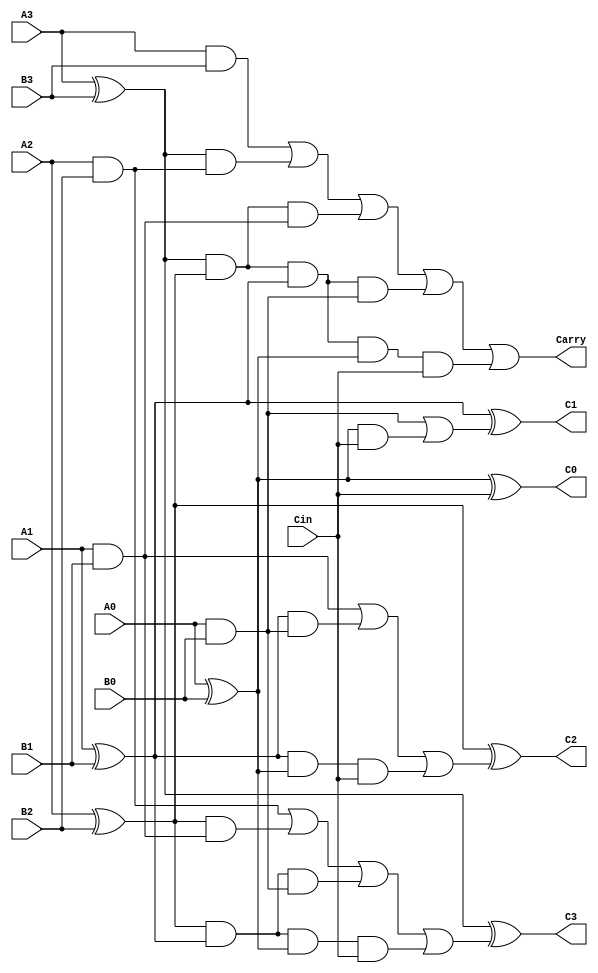
`timescale 1ns / 1ps
//////////////////////////////////////////////////////////////////////////////////
// Company: 
// Engineer: 
// 
// Design Name: 
// Module Name: cla_4_bit
// Project Name: 
// Target Devices: 
// Tool Versions: 
// Description: 
// 
// Dependencies: 
// 
// Revision:
// Revision 0.01 - File Created
// Additional Comments:
// 
//////////////////////////////////////////////////////////////////////////////////


module cla_4_bit(A3, A2, A1 , A0, B3, B2, B1, B0, Cin, C3, C2, C1, C0, Carry
    );
    
    input A3, A2, A1, A0, B3, B2, B1, B0, Cin;
    output C3, C2, C1, C0, Carry;
    
    wire G0,G1,G2,G3,P0,P1,P2,P3;
    
    assign G0 = (A0 & B0);
    assign G1 = (A1 & B1);
    assign G2 = (A2 & B2);
    assign G3 = (A3 & B3);
    
    assign P0 = (A0 ^ B0);
    assign P1 = (A1 ^ B1);
    assign P2 = (A2 ^ B2);
    assign P3 = (A3 ^ B3);
    
    wire D0, D1, D2;
    assign D0 = (G0 | (P0 & Cin));
    assign D1 = (G1 | (P1 & G0) | (P1 & P0 & Cin));
    assign D2 = (G2 | (P2 & G1) | (P2 & P1 & G0) | (P2 & P1 & P0 & Cin));
    assign Carry = (G3 | (P3 & G2) | (P3 & P2 & G1) | (P3 & P2 & P1 & G0) | (P3 & P2 & P1 & P0 & Cin));
    
    assign C0 = P0 ^ Cin;
    assign C1 = P1 ^ D0;
    assign C2 = P2 ^ D1;
    assign C3 = P3 ^ D2;
    
    
        
endmodule